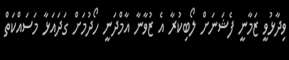
ވިދާޅުވީ ޒަމާނީ ފެޝަނަށް ލޯބިކުރާ އެ ޒުވާނާ އާމްދަނީ ހޯދުމަށް ގަދައަޅާ މަސައްކަތް